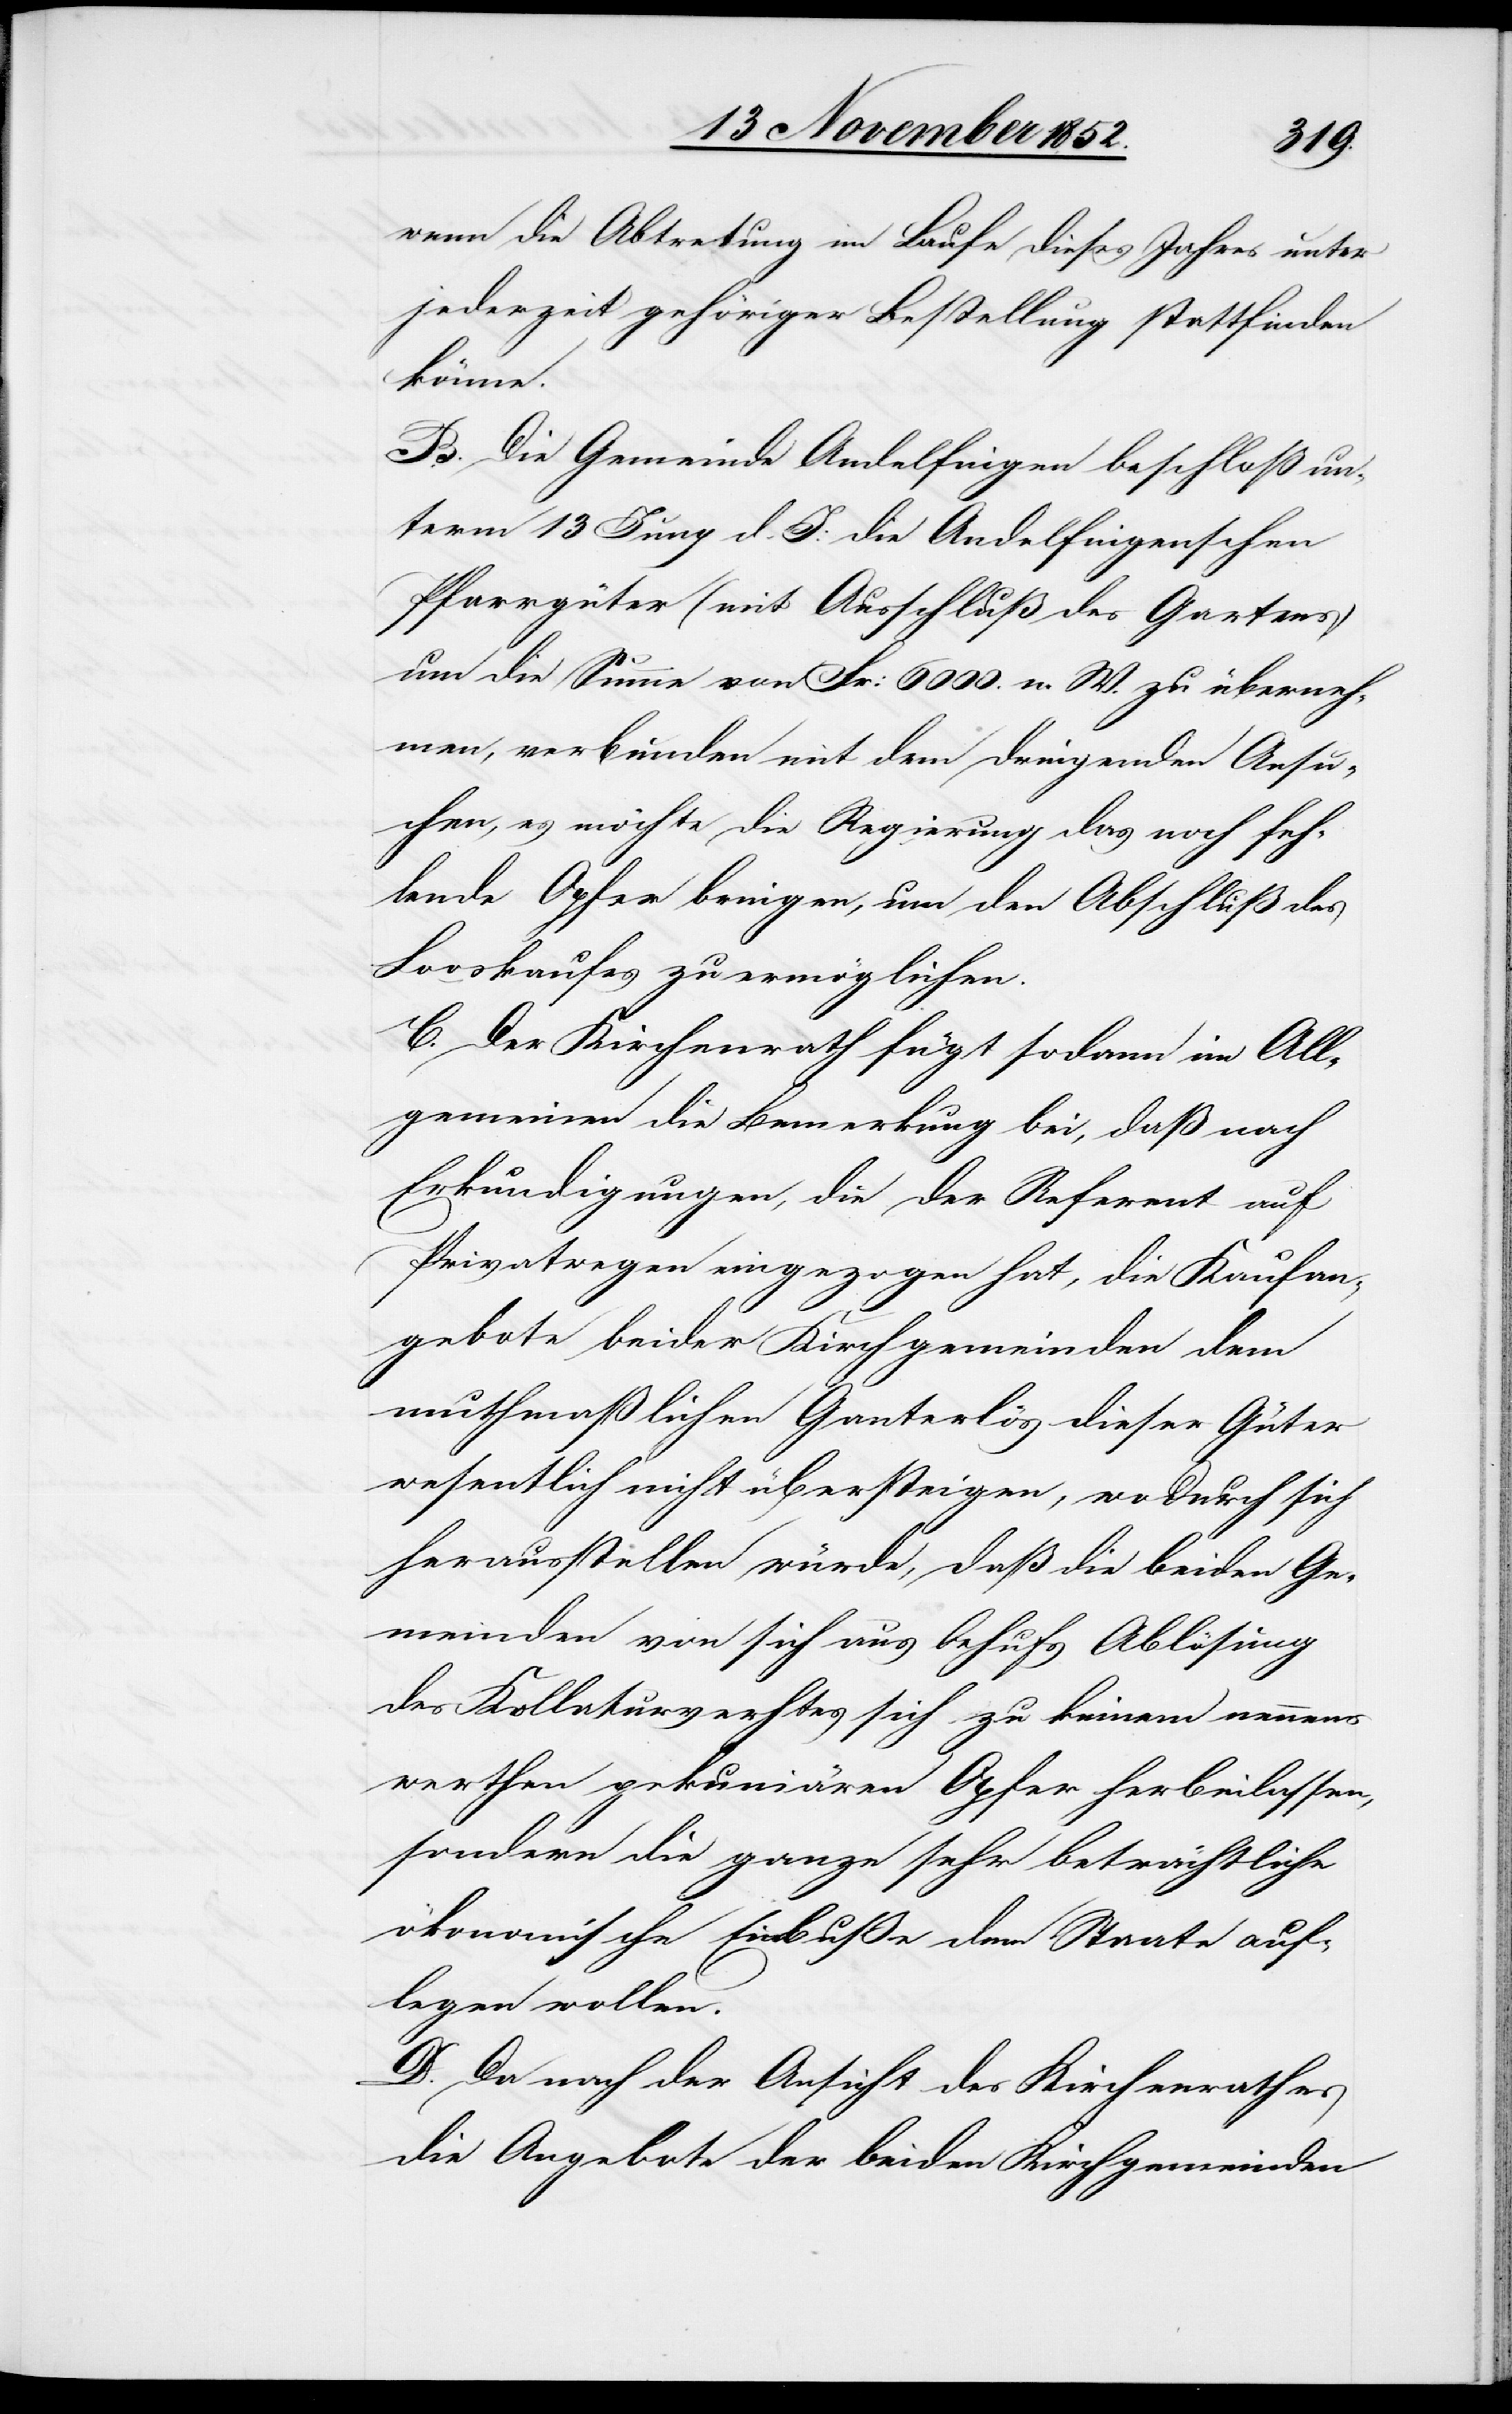
[re¬

wenn die Abtretung im Laufe dieses Jahres unter
jederzeit gehöriger Bestellung stattfinden
könne.
B. Die Gemeinde Andelfingen beschloß un¬
term 13 Juny d. J: die Andelfingenschen
Pfarrgüter (mit Ausschluß des Gartens)
um die Summe von Fr: 6000. n. W. zu überneh¬
men, verbunden mit dem dringenden Ansu¬
chen, es möchte die Regierung das noch feh¬
lende Opfer bringen, um den Abschluß des
C. Der Kirchenrath fügt sodann im All¬
gemeinen die Bemerkung bei, daß nach
Erkundigungen, die der Referent auf
Privatwegen eingezogen hat, die Kaufan¬
gebote beider Kirchgemeinden den
muthmaßlichen Ganterlös dieser Güter
wesentlich nicht übersteigen, wodurch sich
herausstellen würde, daß die beiden Ge¬
meinden von sich aus behufs Ablösung
cte: Kollaturrechtes] sich zu keinem nennens¬
werthen pekuniären Opfer herbeilassen,
sondern die ganze sehr beträchtliche
ökonomische Einbuße dem Staate auf¬
legen wollen.
D. Da nach der Ansicht des Kirchenrathes
die Angebote der beiden Kirchgemeinden